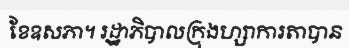
ខែឧសភា។ រដ្ឋាភិបាលក្រុងហ្សាការតាបាន